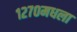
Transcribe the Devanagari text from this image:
१२७०मधला